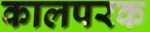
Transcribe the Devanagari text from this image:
कालपरक